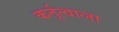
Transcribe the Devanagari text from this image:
कर्तृत्वाला